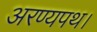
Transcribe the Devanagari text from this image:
अरण्यपथ।